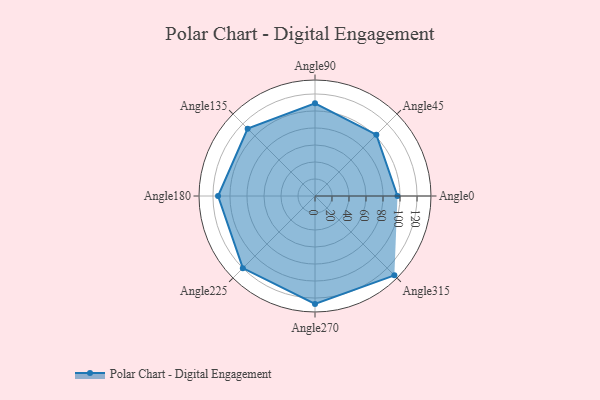
{"axis": {"x": "Angle", "y": "Radius"}, "legend": [""], "data": [{"x": "Angle0", "y": 97.0, "type": ""}, {"x": "Angle45", "y": 102.0, "type": ""}, {"x": "Angle90", "y": 109.0, "type": ""}, {"x": "Angle135", "y": 112.0, "type": ""}, {"x": "Angle180", "y": 114.0, "type": ""}, {"x": "Angle225", "y": 120.0, "type": ""}, {"x": "Angle270", "y": 127.0, "type": ""}, {"x": "Angle315", "y": 132.0, "type": ""}]}